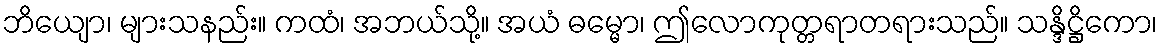
ဘိယျော၊ များသနည်း။ ကထံ၊ အဘယ်သို့။ အယံ ဓမ္မော၊ ဤလောကုတ္တရာတရားသည်။ သန္ဒိဋ္ဌိကော၊